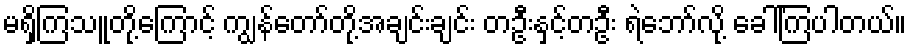
မရှိကြသူတို့ကြောင့် ကျွန်တော်တို့အချင်းချင်း တဦးနှင့်တဦး ရဲဘော်လို့ ခေါ်ကြပါတယ်။